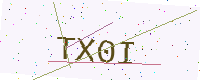
Text: TX0I